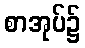
စာအုပ်၌